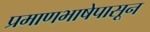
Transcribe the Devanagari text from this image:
प्रमाणभाषेपासून